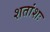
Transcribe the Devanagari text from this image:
शतांशः